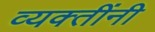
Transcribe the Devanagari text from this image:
व्‍यक्‍तींनी